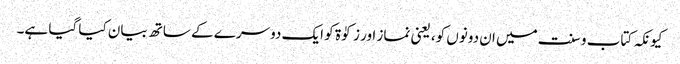
کیونکہ کتاب و سنت میں ان دونوں کو، یعنی نماز اور زکوٰۃ کو ایک دوسرے کے ساتھ بیان کیا گیا ہے۔